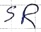
Text: SR